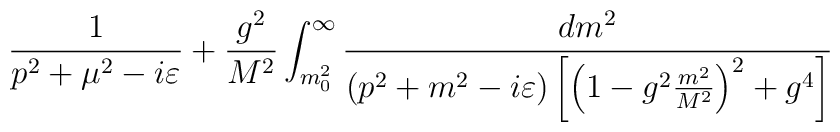
{1\over p^2+\mu^2-i\varepsilon }+{g^2\over M^2}\int_{m_0^2}^{\infty} {dm^2\over \left( p^2+m^2-i\varepsilon \right)\left[\left( 1-g^2{m^2\over M^2}\right)^2+g^4\right]}